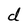
Character: d